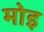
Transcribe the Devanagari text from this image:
मोइ